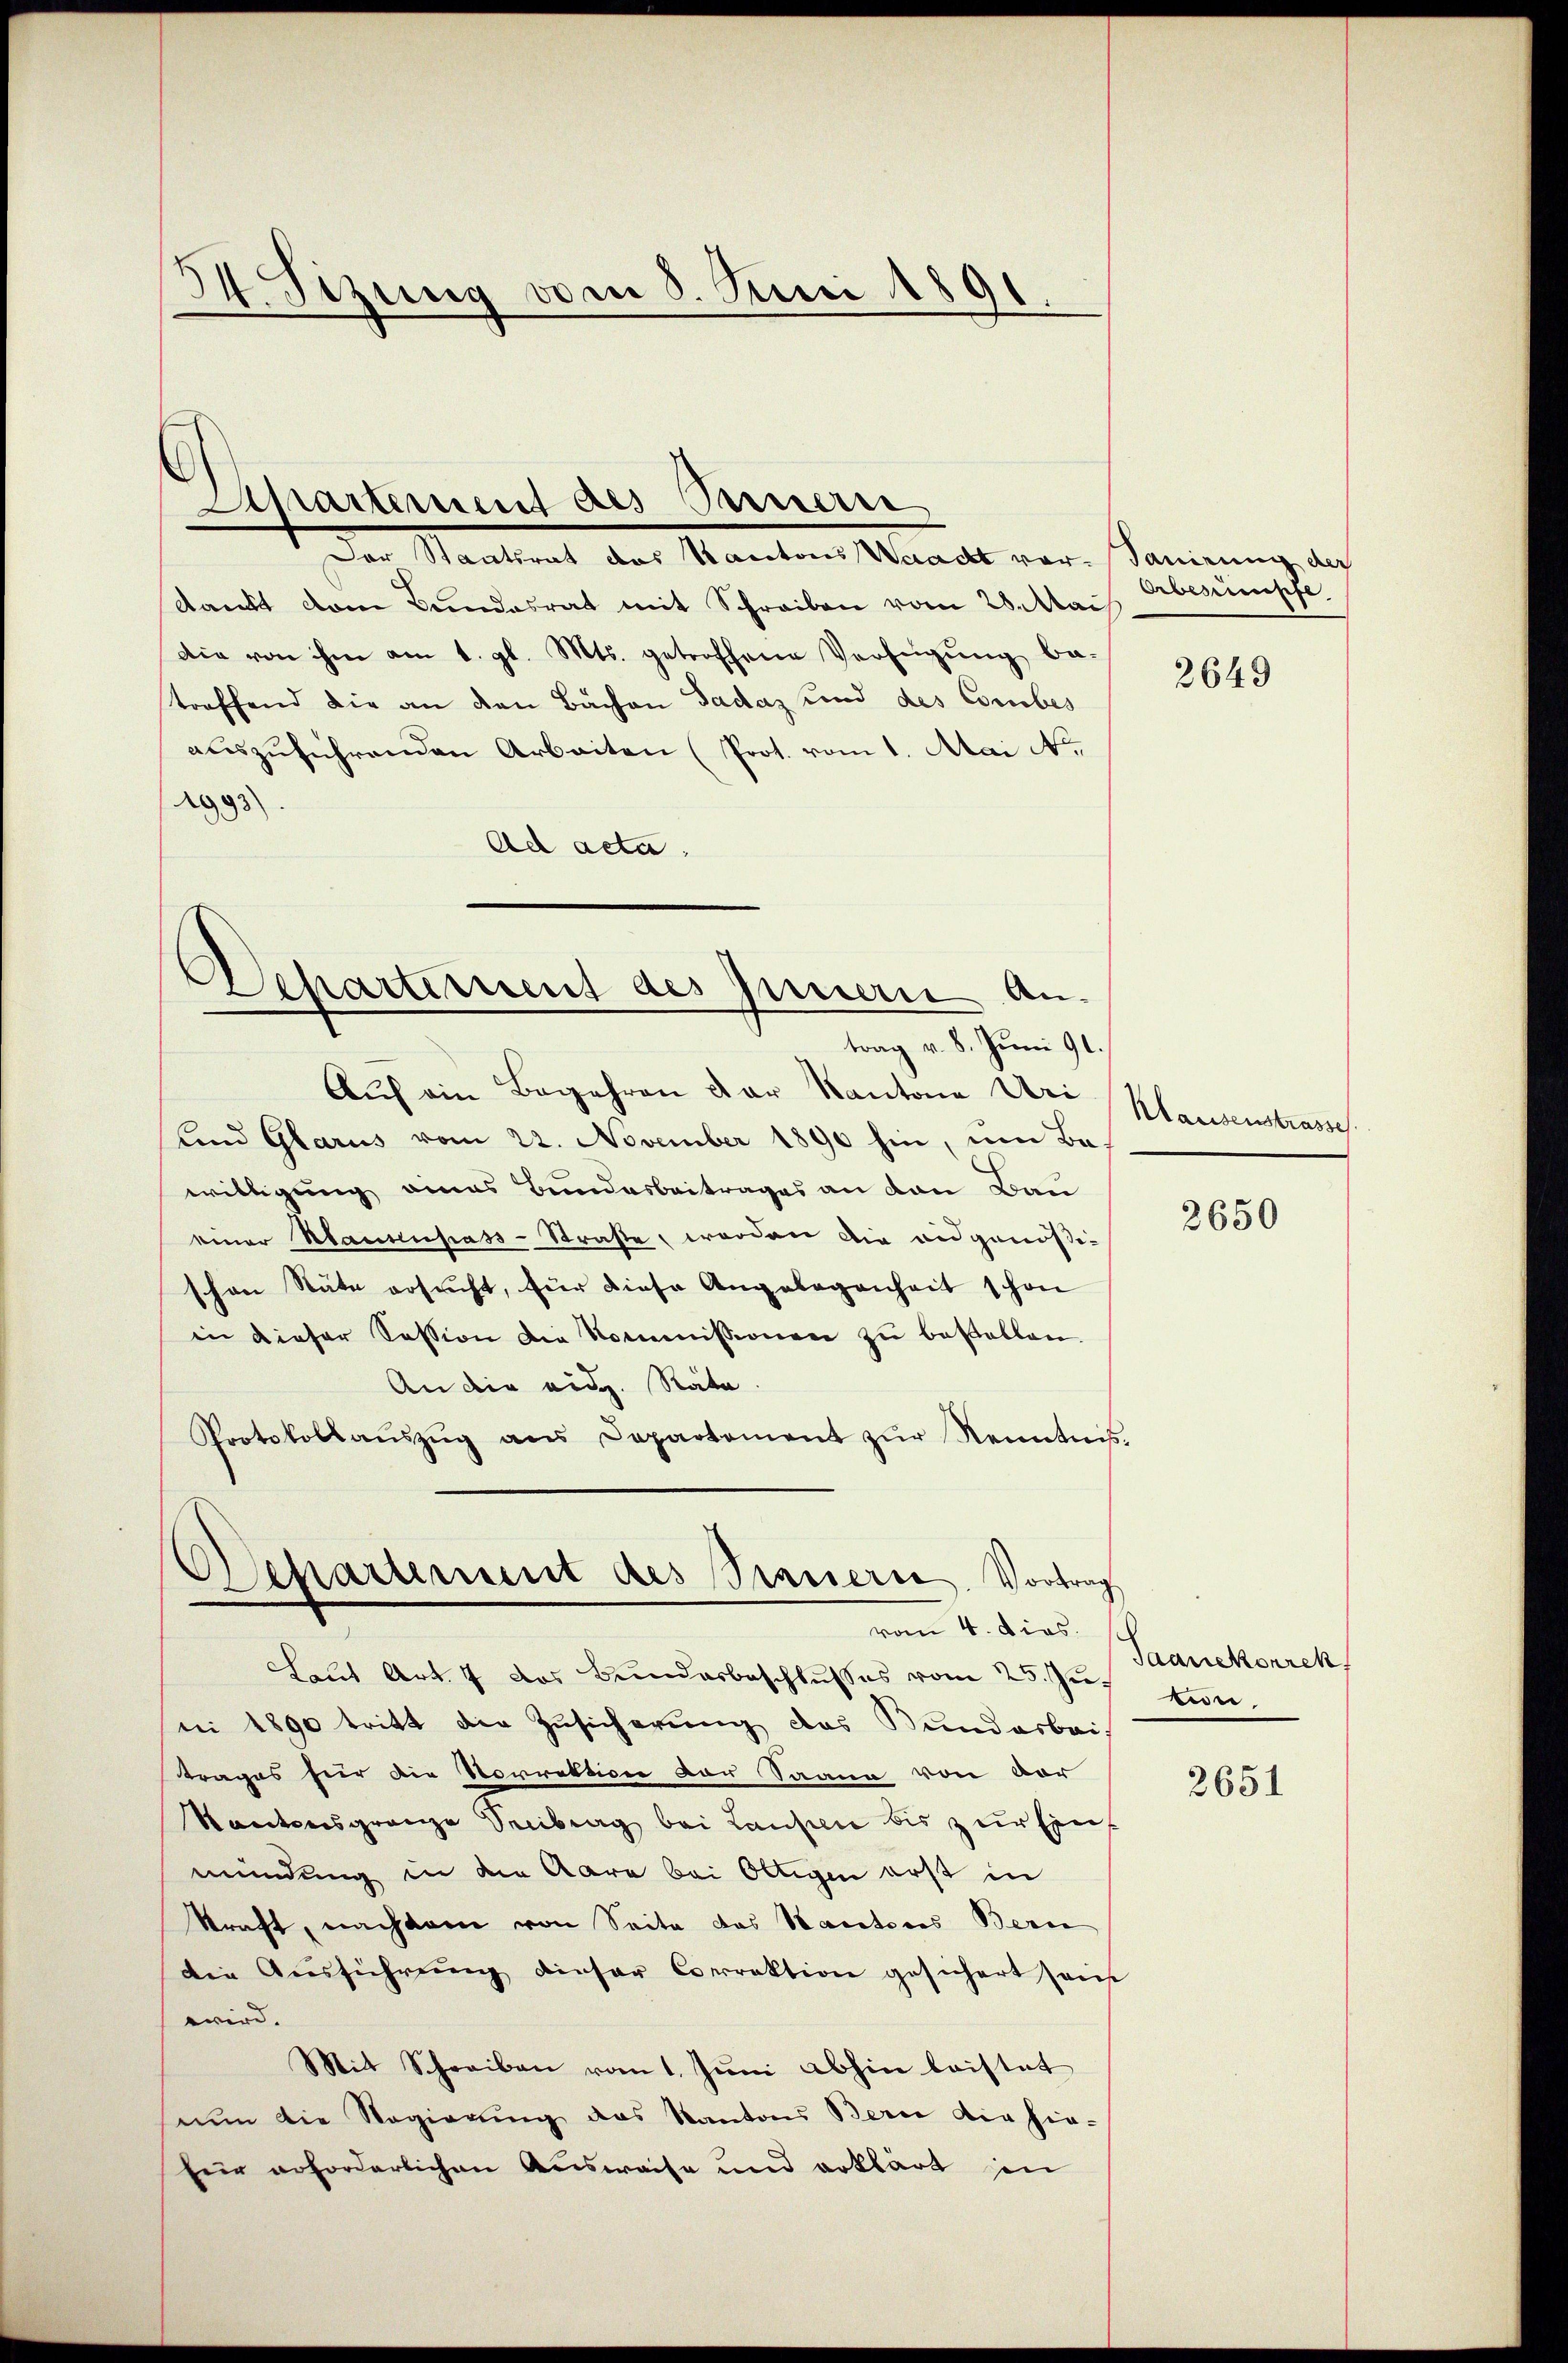
44. Stzung vom 8. Juni 1891

Achartement des Sauern

Departement des Innern Antrag v. 8. Juni 91.
Auf ein Begehren der Kantone Uri

Der Staatsrat des Kantons Waadt vor. Sanirung der
damit vom Bundesrat mit Schreiben vom 28. Mai
Die von ihm am 1. gl. Mts. getroffene Verfügung be-
treffend die an den Bachen Gadaz und des Combes
auszuführenden Arbeiten (Prot. vom 1. Mai No
1993
Ad acta.
und Glarus vom 22. November 1890 hin, um Bewilligung eines Bundesbeitrages an den Bau
einer Hausenpass-Straße werden die eidgenößischon Stäte ersucht, für diese Angelegenheit schon
in dieser Session die Kommissionen zŭ bestellen.
An die eidg. Räte.
Protokollaŭszŭg ans Departement zŭr Kenntnis

Separtement des Steuern. Vortrag
vom 4. dies

Orbesumpfe

Laut Art. 7 des Bunderbeschlŭsses vom 25. Jŭs tun.
ni 1890 tritt die Zusicherung das Bundesbei
trages für die Vorrektion vor Saana von der
Kantonsgrenze Seitrag bei Laufen bis zur Einmündung in die Aare bei Ottigen erst in
kraft, nachdem von Seite das Bactores Beri
die Ausführung dieser Correktion gesichert sein
wird. |
Mit Schreiben vom 1. Juni abhin beistet
nŭn die Regierŭng das Kantons Berne die hie-
für erforderlichen Ausweise und erklärt in

2649

Klausenstrasse

2650

Saanekorrek

2651